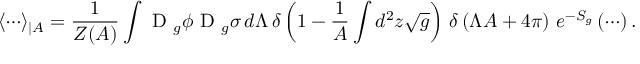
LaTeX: \langle \cdots \rangle _ { \mid A } = \frac { 1 } { Z ( A ) } \int \mathrm { ~ \cal { D } ~ } _ { g } \phi \mathrm { ~ \cal { D } ~ } _ { g } \sigma \, d \Lambda \, \delta \left( 1 - \frac { 1 } { A } \int d ^ { 2 } z \sqrt { g } \right) \, \delta \left( \Lambda A + 4 \pi \right) \, e ^ { - S _ { g } } \left( \cdots \right) .